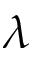
\lambda